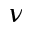
\nu